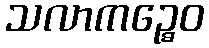
သလာကဉ္စေဝ